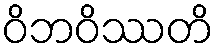
ဝိဘဝိဿတိ